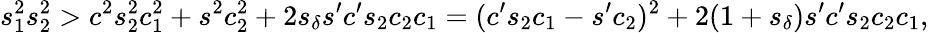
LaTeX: s_{1}^{2}s_{2}^{2}>c^{2}s_{2}^{2}c_{1}^{2}+s^{2}c_{2}^{2}+2s_{\delta}s^{\prime}c^{\prime}s_{2}c_{2}c_{1}=(c^{\prime}s_{2}c_{1}-s^{\prime}c_{2})^{2}+2(1+s_{\delta})s^{\prime}c^{\prime}s_{2}c_{2}c_{1},